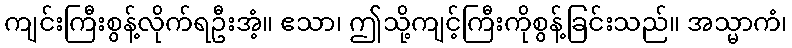
ကျင်းကြီးစွန့်လိုက်ရဦးအံ့။ ဧသာ၊ ဤသို့ကျင့်ကြီးကိုစွန့်ခြင်းသည်။ အသ္မာကံ၊